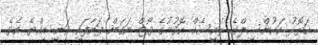
އަތޮޅު ކައުންސިލްގެ ރައީސެއް ހޮވުމުގެ ވޯޓް ނަގަން ފަށާފައި ވަނީ އިއްޔެ އެވެ.